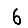
Digit: 6